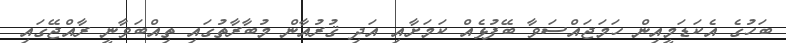
ބަހުގެ އެކަޑަމީއިން ހަމަޖައްސަވާ ބޭފުޅެއް ކަމަށާއި އަދި ޤުރުއާން މުބާރާތުގައި ތިއްބަވާނީ ރާއްޖޭގައި